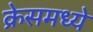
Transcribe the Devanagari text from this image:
क्रेसमध्ये